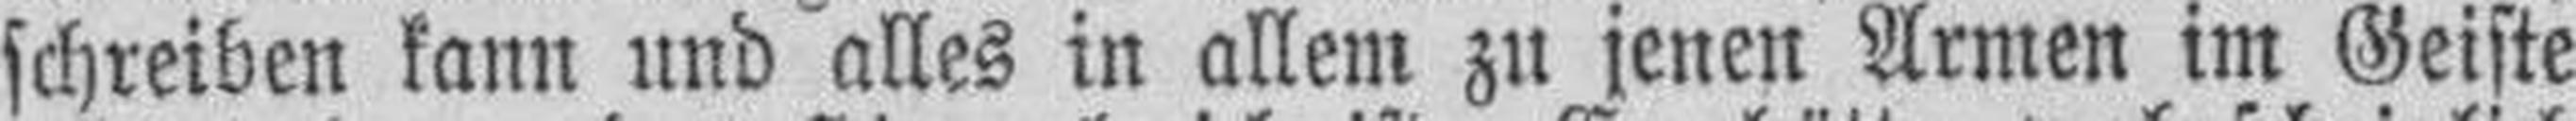
schreiben kann und alles in allem zu jenen Armen im Geiste